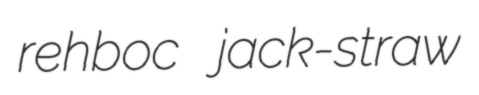
rehboc jack-straw